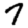
Digit: 7